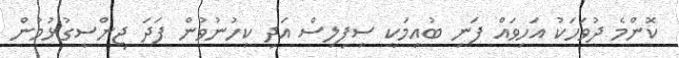
ކޮންމެ ދުވަހަކު އަހިވައް ފަނި ބުއިމަކީ ސިފިލިސް އަދި ކިހުނުވުން ފަދަ ޖިންސީގުޅުމުން